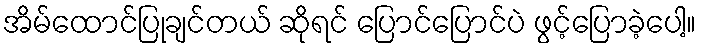
အိမ်ထောင်ပြုချင်တယ် ဆိုရင် ပြောင်ပြောင်ပဲ ဖွင့်ပြောခဲ့ပေါ့။